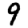
Digit: 9